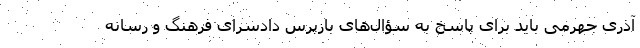
آذری جهرمی باید برای پاسخ به سؤال‌های بازپرس دادسرای فرهنگ و رسانه